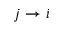
j \rightarrow i